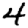
Digit: 4